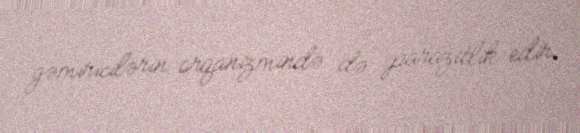
gəmiricilərin orqanizmində də parazitlik edir.